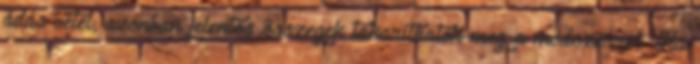
adás-vétel, azonban jelentős összegek takaríthatók meg a módszerrel. Ha